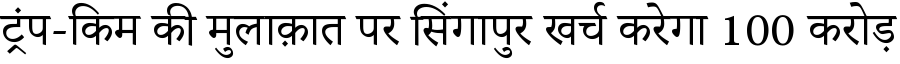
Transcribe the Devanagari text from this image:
ट्रंप-किम की मुलाक़ात पर सिंगापुर खर्च करेगा 100 करोड़